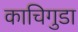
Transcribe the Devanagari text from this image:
काचिगुडा